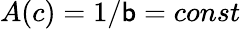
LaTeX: A(c)=1/\mathsf{b}=const